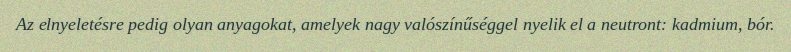
Az elnyeletésre pedig olyan anyagokat, amelyek nagy valószínűséggel nyelik el a neutront: kadmium, bór.